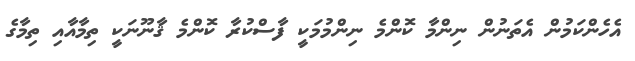
އެހެންކަމުން އެތަނުން ނިންމާ ކޮންމެ ނިންމުމަކީ ފާސްކުރާ ކޮންމެ ޤާނޫނަކީ ތިމާއާއި ތިމާގެ